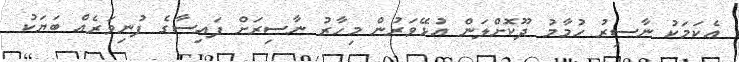
އެކަމަކު ނާސިރު ހުމާމު ދޫކޮށްލަން އުޅޭވަރުން މިހާރު ނާސިރަށް ފައިސާގެ ފުނިވަރެއް ބަޔަކު